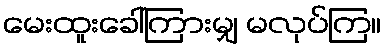
မေးထူးခေါ်ကြားမျှ မလုပ်ကြ။